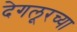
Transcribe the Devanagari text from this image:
देगलूरच्या